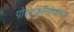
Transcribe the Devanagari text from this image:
पोस्टकॉन्सेप्शनल